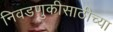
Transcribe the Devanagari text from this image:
निवडणुकीसाठीच्या